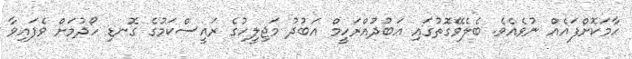
ހާމަކޮށްފައެއް ނުވެއެވެ. ބެލެވޭގޮތުގައި އަބުދުއްރަހީމް އަބުދު މަޖިލީހުގެ ރައީސްކަމުގެ ގޮނޑި ހޯދުމަށް ވެފައިވާ